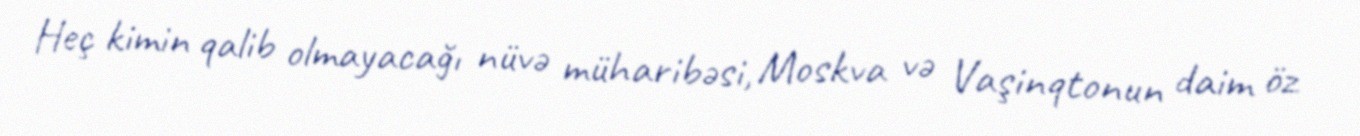
Heç kimin qalib olmayacağı nüvə müharibəsi, Moskva və Vaşinqtonun daim öz